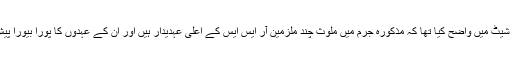
SIT نے اپنی چارج شیٹ میں واضح کیا تھا کہ مذکورہ جرم میں ملوث چند ملزمین آر ایس ایس کے اعلیٰ عہدیدار ہیں اور ان کے عہدوں کا پورا بیورا پیش کیا تھا۔